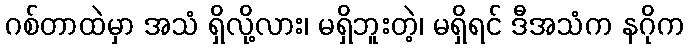
ဂစ်တာထဲမှာ အသံ ရှိလို့လား၊ မရှိဘူးတဲ့၊ မရှိရင် ဒီအသံက နဂိုက